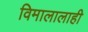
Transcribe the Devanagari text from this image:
विमालालाही